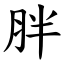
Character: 胖